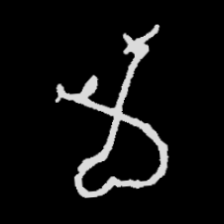
Pyu character \u2014 Myanmar letter: မ (romanized: ma)